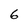
Character: 6